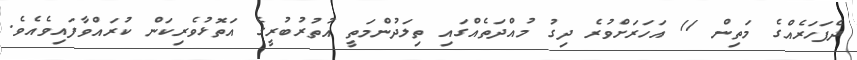
ދެފަހަރެއްގެ މަތިން 11 އަހަރަށްވުރެ ދިގު މުއްދަތެއްގައި ތިލަދުންމަތީ އުތުރުބުރީގެ އަތޮޅުވެރިކަން ކުރައްވާފައިވެއެވެ.